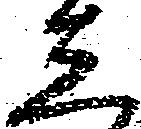
し